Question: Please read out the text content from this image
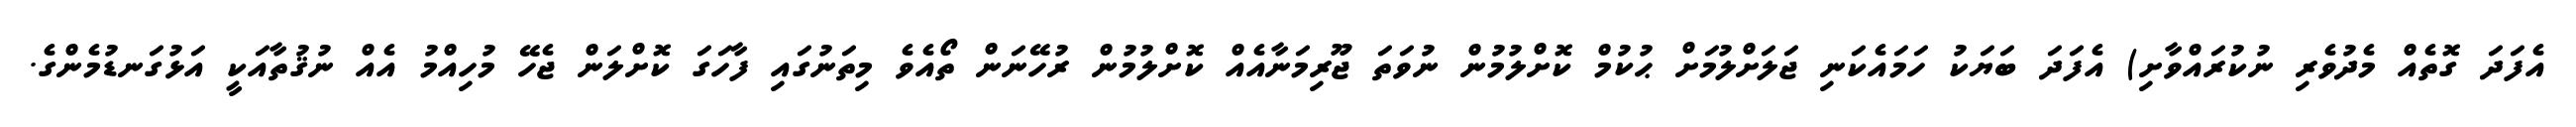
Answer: އެފަދަ ގޮތެއް މެދުވެރި ނުކުރައްވާށި) އެފަދަ ބަޔަކު ހަމައެކަނި ޖަލަށްލުމަށް ޙުކުމް ކޮށްލުމުން ނުވަތަ ޖޫރިމަނާއެއް ކޮށްލުމުން ރުހޭނަން ތޯއެވެ މިތަނުގައި ފާހަގަ ކޮށްލަން ޖެހޭ މުހިއްމު އެއް ނުޤުތާއަކީ އަޅުގަނޑުމެންގެ.